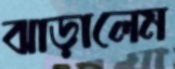
ঝাড়ালেম